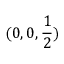
( 0 , 0 , { \frac { 1 } { 2 } } )